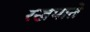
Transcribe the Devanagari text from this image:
रखपाते